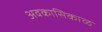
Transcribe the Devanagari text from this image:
अवकासिकाळ